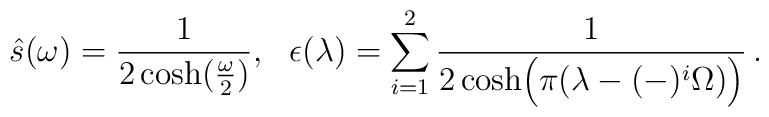
\hat s(\omega)=  {1\over2 \cosh({\omega \over 2})}, ~~\epsilon(\lambda) =\sum_{i=1}^{2}{1 \over 2 \cosh\Bigl(\pi(\lambda-(-)^{i} \Omega)\Bigr)}\,.